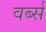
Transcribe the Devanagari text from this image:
वर्ब्स